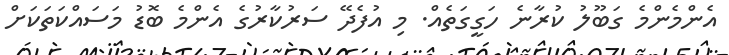
އެންމެންމެ ގަބޫލު ކުރާނެ ހަގީގަތެއް. މި އުފެދޭ ސަރުކާރުގެ އެންމެ ބޮޑު މަސައްކަތަކަށް